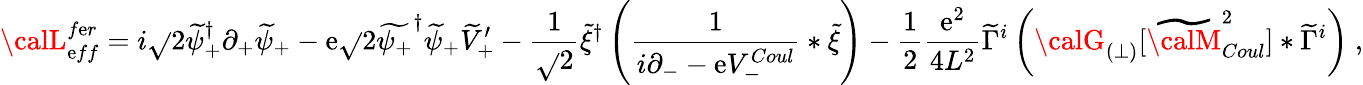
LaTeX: {\calL}_{\mathrm{e}ff}^{f\mathrm{e}r}=i\sqrt{}{{2}}\widetilde{\psi}_{+}^{\dagger}\partial_{+}\widetilde{\psi}_{+}-\mathrm{e}\sqrt{}{{2}}\widetilde{{\psi_{+}}}^{\dagger}\widetilde{{\psi}}_{+}\widetilde{{V}}_{+}^{\prime}-\frac{{1}}{{\sqrt{}{{2}}}}\widetilde{\xi}^{\dagger}\left(\frac{{1}}{{i\partial_{-}-\mathrm{e}V_{-}^{Coul}}}\ast\widetilde{\xi}\right)-\frac{1}{2}\frac{{\mathrm{e}^{2}}}{{4L^{2}}}\widetilde{\Gamma}^{i}\left({\calG}_{(\perp)}[\widetilde{{\calM}}_{Coul}^{2}]\ast\widetilde{\Gamma}^{i}\right)\ ,